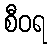
စီဝရ